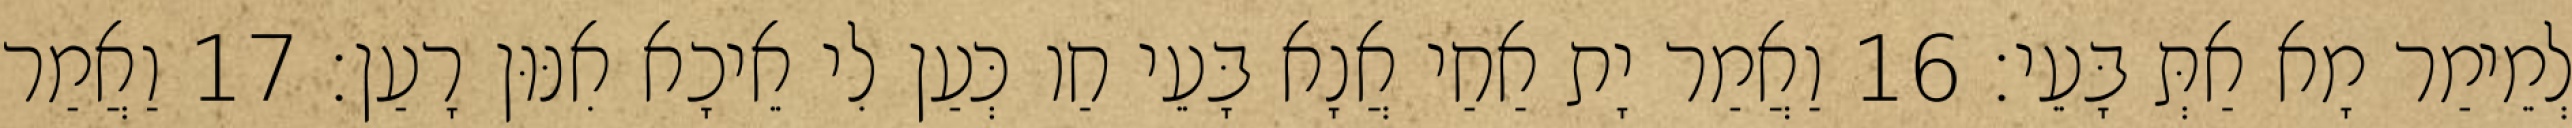
לְמֵימַר מָא אַתְּ בָּעֵי׃ 16 וַאֲמַר יָת אַחַי אֲנָא בָּעֵי חַו כְּעַן לִי אֵיכָא אִנּוּן רָעַן׃ 17 וַאֲמַר